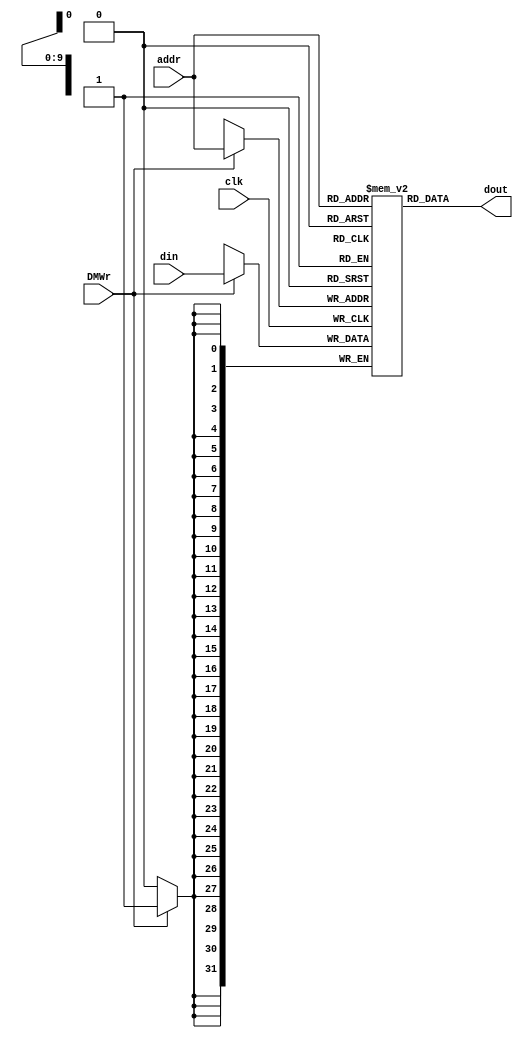
module dm_4k( addr, din, DMWr, clk, dout );
   
   input  [11:2] addr;
   input  [31:0] din;
   input         DMWr;
   input         clk;
   output [31:0] dout;
     
   reg [31:0] dmem[1023:0];
   
   always @(posedge clk) begin
      $display("DMWr=%1B, din=%8X, TargetAddr=%D", DMWr, din, addr);

      if (DMWr) dmem[addr] <= din;

      $display("addr=%8X",addr);//addr to DM
      $display("din=%8X",din);//data to DM
      $display("Mem[00-07]=%8X, %8X, %8X, %8X, %8X, %8X, %8X, %8X",dmem[0],dmem[1],dmem[2],dmem[3],dmem[4],dmem[5],dmem[6],dmem[7]);
    
   end // end always

   assign dout = dmem[addr];
   
endmodule